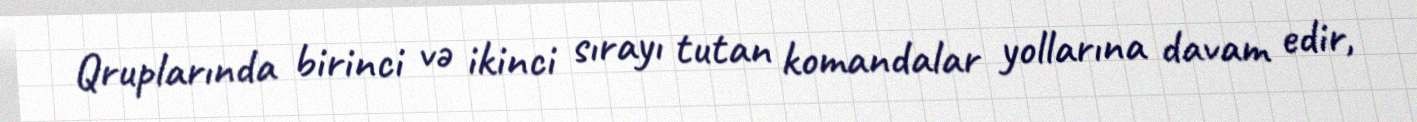
Qruplarında birinci və ikinci sırayı tutan komandalar yollarına davam edir,